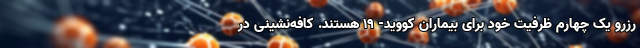
رزرو یک چهارم ظرفیت خود برای بیماران کووید- 19 هستند. کافه‌نشینی در